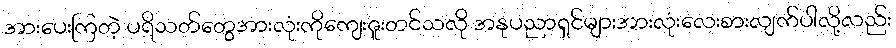
အားပေးကြတဲ့ ပရိသတ်တွေအားလုံးကိုကျေးဇူးတင်သလို အနုပညာရှင်များအားလုံးလေးစားလျက်ပါလို့လည်း